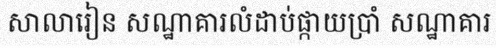
សាលារៀន សណ្ឋាគារលំដាប់ផ្កាយប្រាំ សណ្ឋាគារ